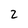
Character: 2